Vaccine operations Central Provinces & Berar 1922-1929 - 1922-1929
Year: 1922
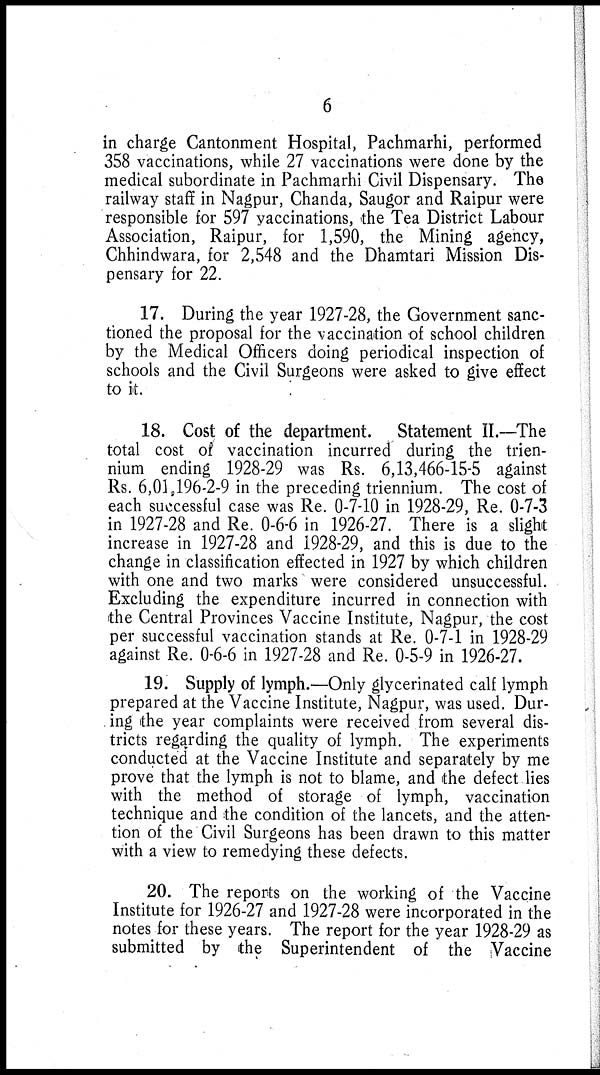
6
in charge Cantonment Hospital, Pachmarhi, performed
358 vaccinations, while 27 vaccinations were done by the
medical subordinate in Pachmarhi Civil Dispensary. The
railway staff in Nagpur, Chanda, Saugor and Raipur were
responsible for 597 vaccinations, the Tea District Labour
Association, Raipur, for 1,590, the Mining agency,
Chhindwara, for 2,548 and the Dhamtari Mission Dis-
pensary for 22.
17. During the year 1927-28, the Government sanc-
tioned the proposal for the vaccination of school children
by the Medical Officers doing periodical inspection of
schools and the Civil Surgeons were asked to give effect
to it.
18. Cost of the department. Statement II.—The
total cost of vaccination incurred during the trien¬
nium ending 1928-29 was Rs. 6,13,466-15-5 against
Rs. 6,01,196-2-9 in the preceding triennium. The cost of
each successful case was Re. 0-7-10 in 1928-29, Re. 0-7-3
in 1927-28 and Re. 0-6-6 in 1926-27. There is a slight
increase in 1927-28 and 1928-29, and this is due to the
change in classification effected in 1927 by which children
with one and two marks were considered unsuccessful.
Excluding the expenditure incurred in connection with
the Central Provinces Vaccine Institute, Nagpur, the cost
per successful vaccination stands at Re. 0-7-1 in 1928-29
against Re. 0-6-6 in 1927-28 and Re. 0-5-9 in 1926-27.
19. Supply of lymph.—Only glycerinated calf lymph
prepared at the Vaccine Institute, Nagpur, was used. Dur-
ing the year complaints were received from several dis-
tricts regarding the quality of lymph. The experiments
conducted at the Vaccine Institute and separately by me
prove that the lymph is not to blame, and the defect lies
with the method of storage of lymph, vaccination
technique and the condition of the lancets, and the atten-
tion of the Civil Surgeons has been drawn to this matter
with a view to remedying these defects.
20. The reports on the working of the Vaccine
Institute for 1926-27 and 1927-28 were incorporated in the
notes for these years. The report for the year 1928-29 as
submitted by the Superintendent of the Vaccine